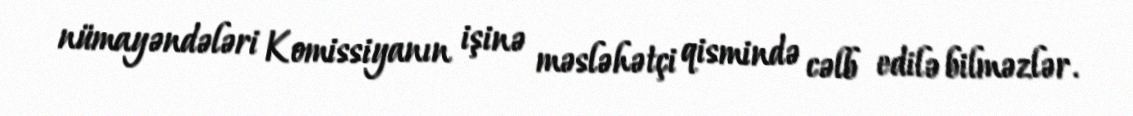
nümayəndələri Komissiyanın işinə məsləhətçi qismində cəlb edilə bilməzlər.